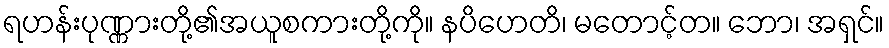
ရဟန်းပုဏ္ဏားတို့၏အယူစကားတို့ကို။ နပိဟေတိ၊ မတောင့်တ။ ဘော၊ အရှင်။